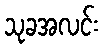
သုခအလင်း